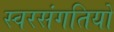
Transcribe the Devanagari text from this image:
स्वरसंगतियों